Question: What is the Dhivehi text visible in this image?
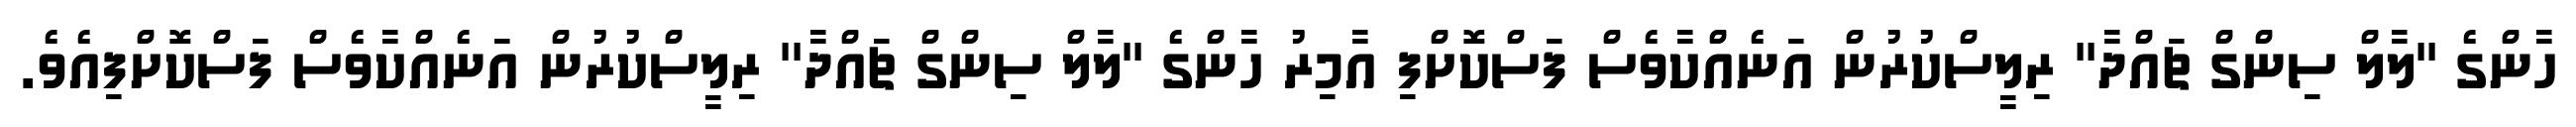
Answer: ހާންގެ ''ލާލް ސިންގް ޗައްދާ'' ރިލީސްކުރުން އަނެއްކާވެސް ފަސްކޮށްފި އާމިރު ހާންގެ ''ލާލް ސިންގް ޗައްދާ'' ރިލީސްކުރުން އަނެއްކާވެސް ފަސްކޮށްފިއެވެ.